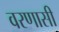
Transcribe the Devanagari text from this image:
वरणासी